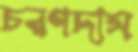
চরণদাস